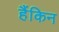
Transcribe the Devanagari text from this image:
हैंकिन